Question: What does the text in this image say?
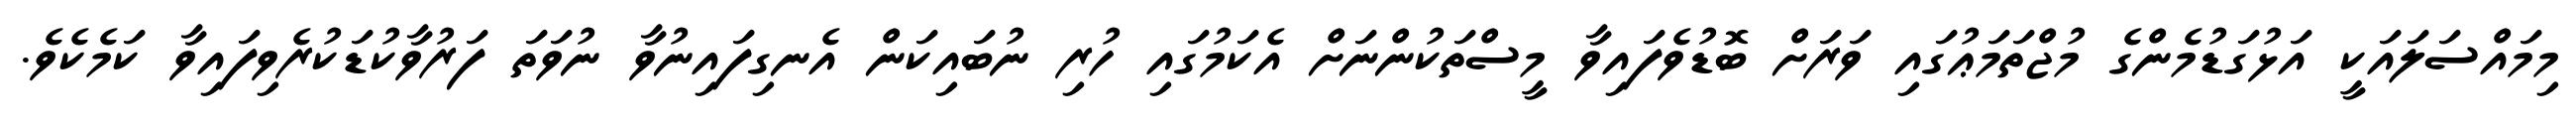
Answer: މިމައްސަލައަކީ އަޅުގަޑުމެންގެ މުޖްތަމަޢުގައި ވަރަށް ބޮޑުވެފައިވާ މީސްތަކުންނަށް އެކަމުގައި ހުރި ނުބައިކަން އެނގިފައިނުވާ ނުވަތަ ފަރުވާކުޑަކުރެވިފައިވާ ކަމެކެވެ.